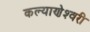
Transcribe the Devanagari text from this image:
कल्‍याणेश्‍वरी